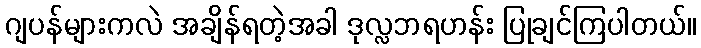
ဂျပန်များကလဲ အချိန်ရတဲ့အခါ ဒုလ္လဘရဟန်း ပြုချင်ကြပါတယ်။